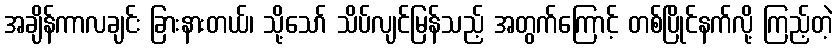
အချိန်ကာလချင်း ခြားနားတယ်၊ သို့သော် သိပ်လျင်မြန်သည့် အတွက်ကြောင့် တစ်ပြိုင်နက်လို့ ကြည့်တဲ့